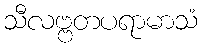
သီလဗ္ဗတပရာမာသံ